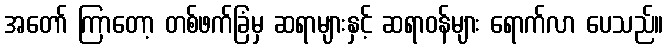
အတော် ကြာတော့ တစ်ဖက်ခြံမှ ဆရာများနှင့် ဆရာဝန်များ ရောက်လာ ပေသည်။